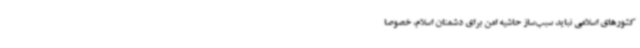
کشورهای اسلامی نباید سبب‌ساز حاشیه امن برای دشمنان اسلام، خصوصاً